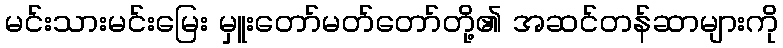
မင်းသားမင်းမြေး မှူးတော်မတ်တော်တို့၏ အဆင်တန်ဆာများကို